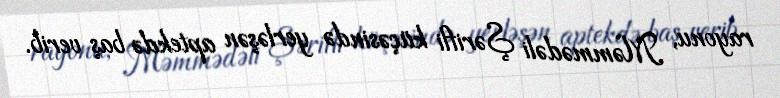
rayonu, Məmmədəli Şərifli küçəsində yerləşən aptekdə baş verib.